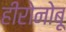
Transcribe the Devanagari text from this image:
हीरोनोबू